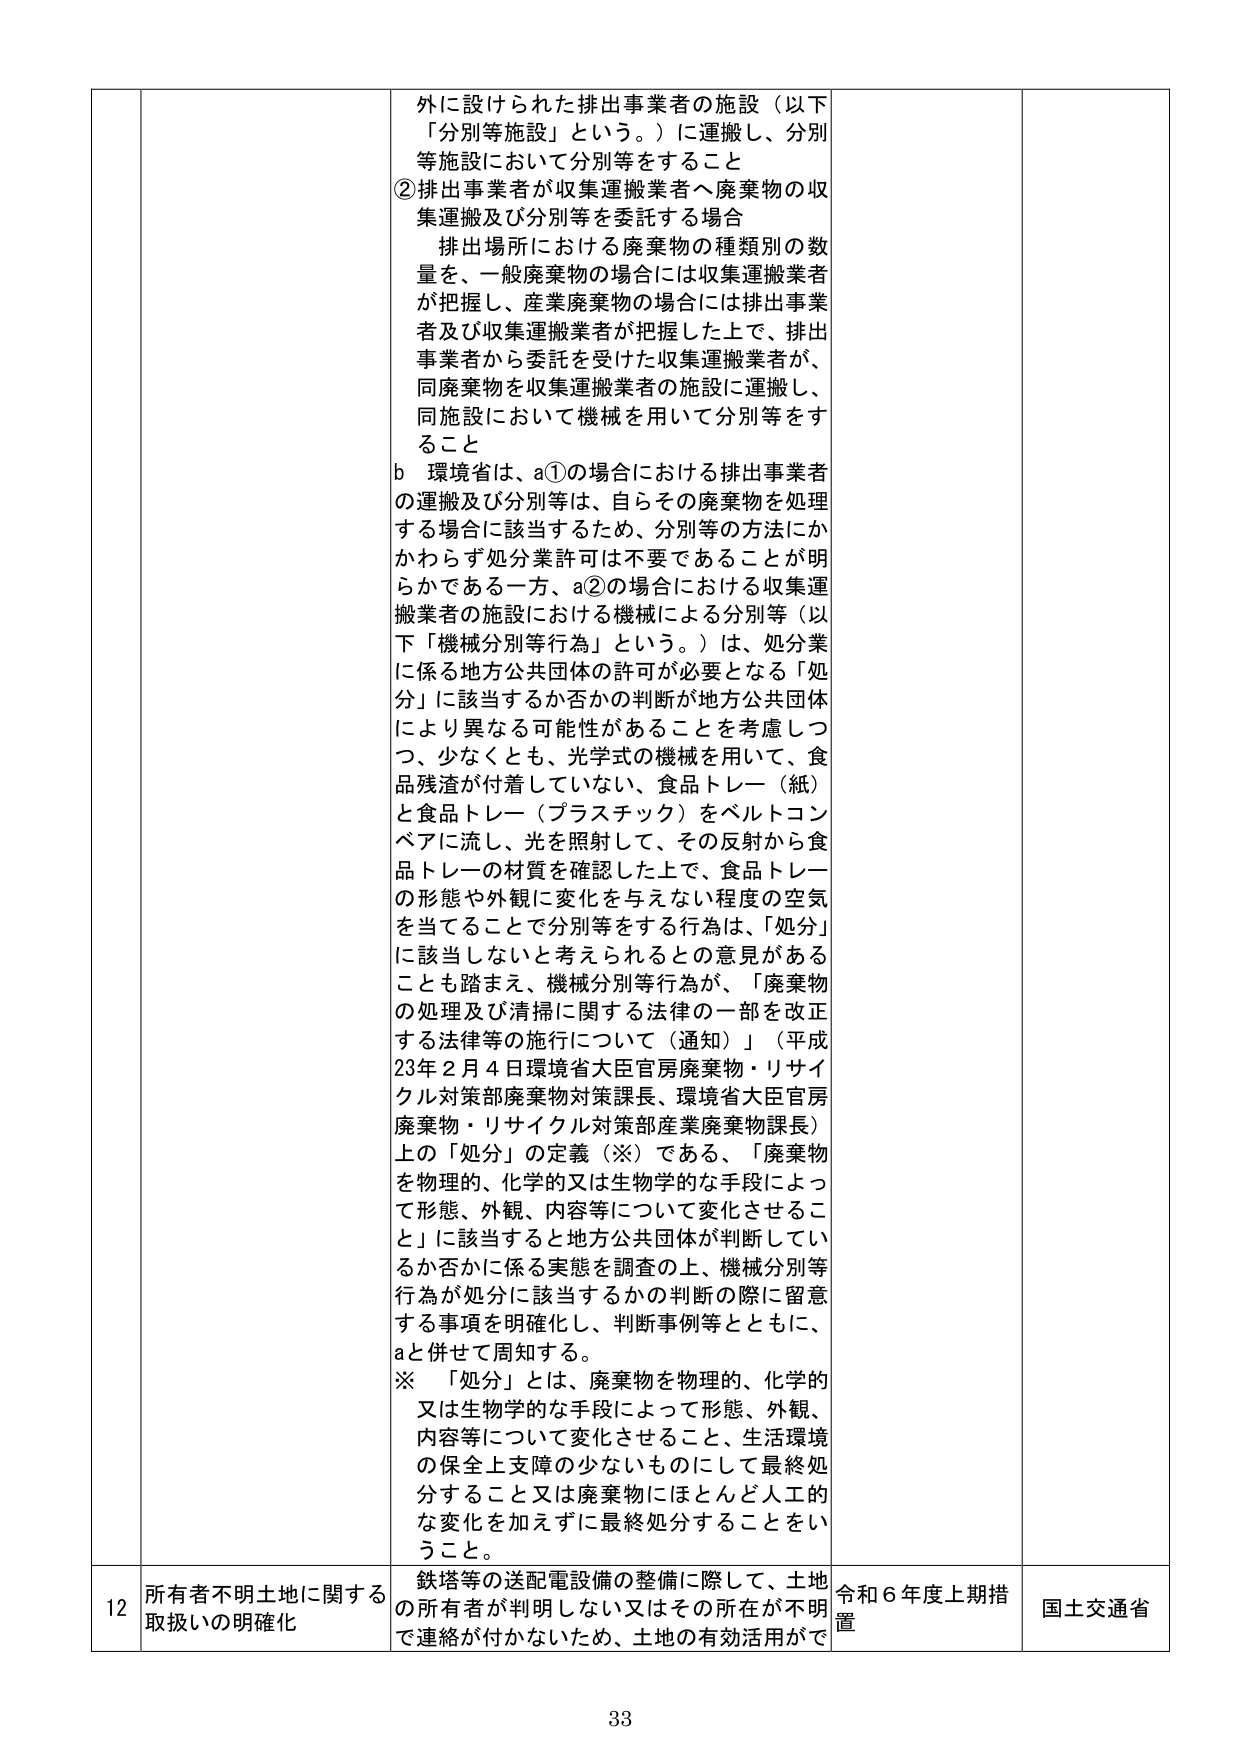
外に設けられた排出事業者の施設（以下「分別等施設」という。）に運搬し、分別等施設において分別等をすること
②排出事業者が収集運搬業者へ廃棄物の収集運搬及び分別等を委託する場合
　排出場所における廃棄物の種類別の数量を、一般廃棄物の場合には収集運搬業者が把握し、産業廃棄物の場合には排出事業者及び収集運搬業者が把握した上で、排出事業者から委託を受けた収集運搬業者が、同廃棄物を収集運搬業者の施設に運搬し、同施設において機械を用いて分別等をすること
b　環境省は、a①の場合における排出事業者の運搬及び分別等は、自らその廃棄物を処理する場合に該当するため、分別等の方法にかかわらず処分業許可は不要であることが明らかである一方、a②の場合における収集運搬業者の施設における機械による分別等（以下「機械分別等行為」という。）は、処分業に係る地方公共団体の許可が必要となる「処分」に該当するか否かの判断が地方公共団体により異なる可能性があることを考慮しつつ、少なくとも、光学式の機械を用いて、食品残渣が付着していない、食品トレー（紙）と食品トレー（プラスチック）をベルトコンベアに流し、光を照射して、その反射から食品トレーの材質を確認した上で、食品トレーの形態や外観に変化を与えない程度の空気を当てることで分別等をする行為は、「処分」に該当しないと考えられるとの意見があることも踏まえ、機械分別等行為が、「廃棄物の処理及び清掃に関する法律の一部を改正する法律等の施行について（通知）」（平成23年2月4日環境省大臣官房廃棄物・リサイクル対策部廃棄物対策課長、環境省大臣官房廃棄物・リサイクル対策部産業廃棄物課長）上の「処分」の定義（※）である、「廃棄物を物理的、化学的又は生物学的な手段によって形態、外観、内容等について変化させること」に該当すると地方公共団体が判断しているか否かに係る実態を調査の上、機械分別等行為が処分に該当するかの判断の際に留意する事項を明確化し、判断事例等とともに、aと併せて周知する。
※　「処分」とは、廃棄物を物理的、化学的又は生物学的な手段によって形態、外観、内容等について変化させること、生活環境の保全上支障の少ないものにして最終処分すること又は廃棄物にほとんど人工的な変化を加えずに最終処分することをいうこと。

12　所有者不明土地に関する取扱いの明確化
鉄塔等の送配電設備の整備に際して、土地の所有者が判明しない又はその所在が不明で連絡が付かないため、土地の有効活用がで
令和6年度上期措置
国土交通省

33